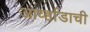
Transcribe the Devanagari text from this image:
आर्व्हाडाची